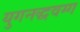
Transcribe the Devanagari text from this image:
युगनद्धवग्ग